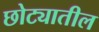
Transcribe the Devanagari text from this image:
छोट्यातील